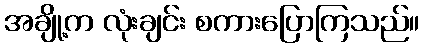
အချို့က လုံးချင်း စကားပြောကြသည်။